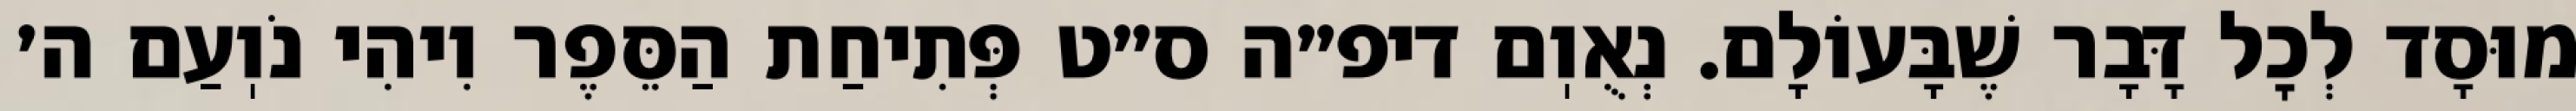
מוּסָד לְכׇל דָּבָר שֶׁבָּעוֹלָם. נְאֻוֽם דיפ״ה ס״ט פְּתִיחַת הַסֵּפֶר וִיהִי נֹוֽעַם ה׳